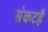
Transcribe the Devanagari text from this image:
संकटहै